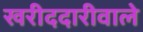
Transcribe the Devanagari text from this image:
खरीददारीवाले